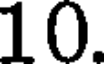
10.